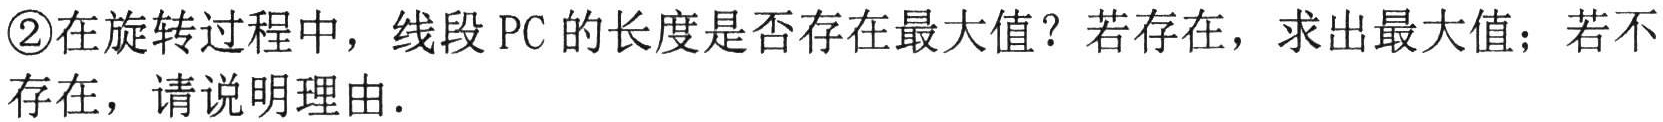
\textcircled{2}在旋转过程中，线段 \(PC\) 的长度是否存在最大值？若存在，求出最大值；若不存在，请说明理由.